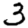
Digit: 3